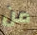
من